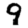
Digit: 9